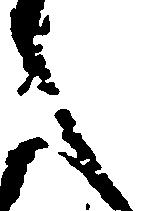
之